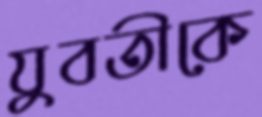
যুবতীকে